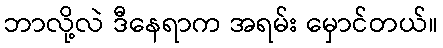
ဘာလို့လဲ ဒီနေရာက အရမ်း မှောင်တယ်။